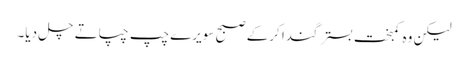
لیکن وہ کمبخت بستر گندا کرکے صبح سویرے چپ چپاتے چل دیا۔